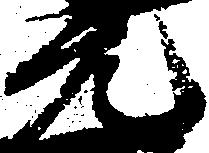
元